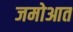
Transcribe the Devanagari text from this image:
जमोआत